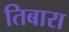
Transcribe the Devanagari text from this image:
तिबारा